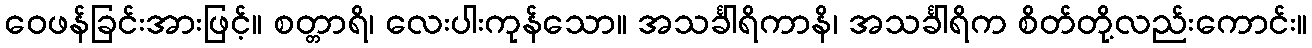
ဝေဖန်ခြင်းအားဖြင့်။ စတ္တာရိ၊ လေးပါးကုန်သော။ အသင်္ခါရိကာနိ၊ အသင်္ခါရိက စိတ်တို့လည်းကောင်း။